Vaccine operations Central Provinces & Berar 1912-1920 - 1912-1920
Year: 1912
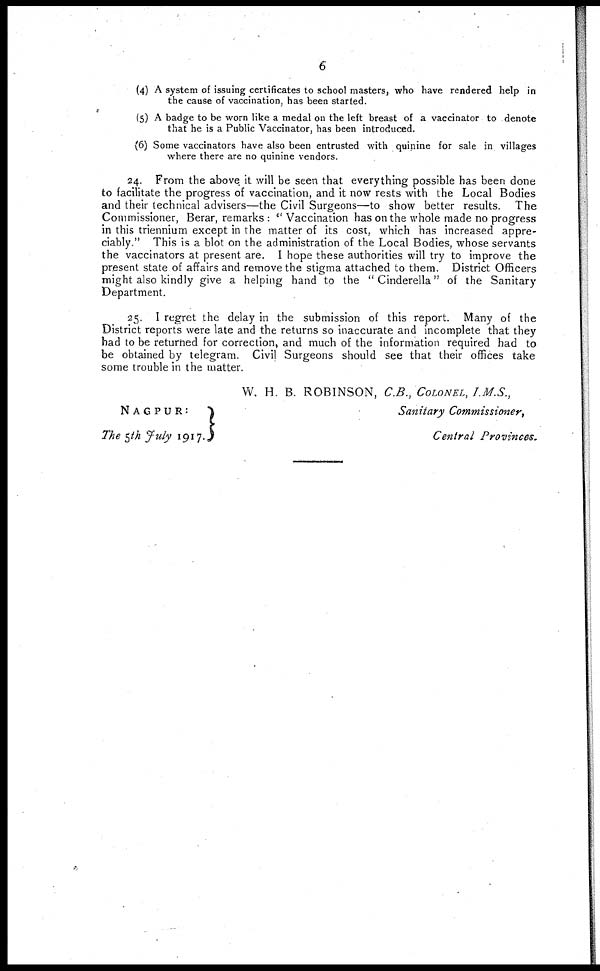
6
(4) A system of issuing certificates to school masters, who have rendered help in
the cause of vaccination, has been started.
(5) A badge to be worn like a medal on the left breast of a vaccinator to denote
that he is a Public Vaccinator, has been introduced.
(6) Some vaccinators have also been entrusted with quinine for sale in villages
where there are no quinine vendors.
24. From the above it will be seen that everything possible has been done
to facilitate the progress of vaccination, and it now rests with the Local Bodies
and their technical advisers—the Civil Surgeons—to show better results. The
Commissioner, Berar, remarks : " Vaccination has on the whole made no progress
in this triennium except in the matter of its cost, which has increased appre-
ciably." This is a blot on the administration of the Local Bodies, whose servants
the vaccinators at present are. I hope these authorities will try to improve the
present state of affairs and remove the stigma attached to them. District Officers
might also kindly give a helping hand to the "Cinderella" of the Sanitary
Department.
25. I regret the delay in the submission of this report. Many of the
District reports were late and the returns so inaccurate and incomplete that they
had to be returned for correction, and much of the information required had to
be obtained by telegram. Civil Surgeons should see that their offices take
some trouble in the matter.
W. H. B. ROBINSON, C.B., COLONEL, I.M.S.,
Sanitary Commissioner,
Central Provinces,
NAGPUR:
The 5th July 1917.